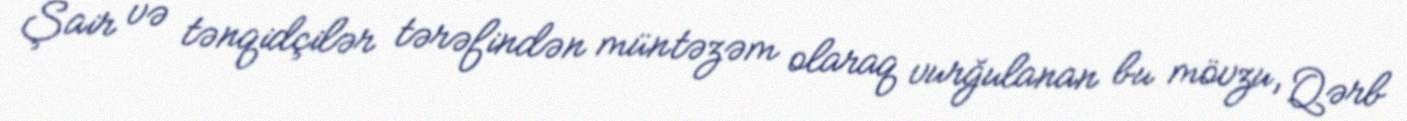
Şair və tənqidçilər tərəfindən müntəzəm olaraq vurğulanan bu mövzu, Qərb